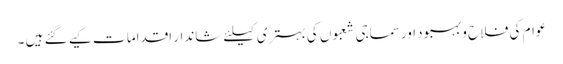
عوام کی فلاح وبہبود اورسماجی شعبوں کی بہتری کیلئے شاندار اقداما ت کیے گئے ہیں ۔